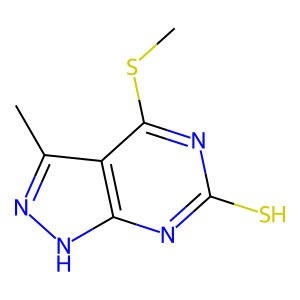
SMILES: CSc1nc(S)nc2[nH]nc(C)c12
Inhibits HIV replication: No